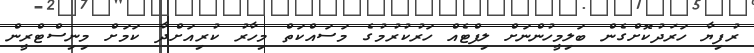
ރުފިޔާ ހަރަދުކޮށްގެން ބަލިމީހުންނަށް ލިފްޓެއް ހަރުކުރުމުގެ މަސައްކަތް މިހާރު ކުރިއަށްދާ ކަމަށް މިނިސްޓްރީން